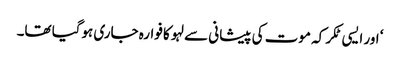
‘ اور ایسی ٹکر کہ موت کی پیشانی سے لہو کا فوارہ جاری ہوگیا تھا۔